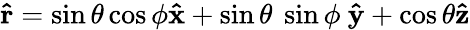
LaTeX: \mathbf{\hat{r}}=\sin\theta\cos\phi\mathbf{\hat{x}}+\sin\theta~\sin\phi~\mathbf{\hat{y}}+\cos\theta\mathbf{\hat{z}}